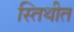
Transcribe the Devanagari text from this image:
स्तिथीत